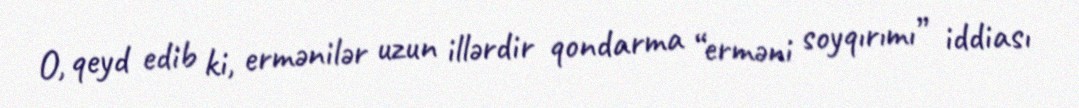
O, qeyd edib ki, ermənilər uzun illərdir qondarma “erməni soyqırımı” iddiası